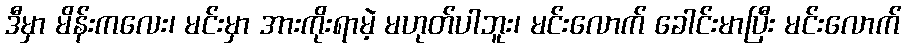
ဒီမှာ မိန်းကလေး၊ မင်းမှာ အားကိုးရာမဲ့ မဟုတ်ပါဘူး၊ မင်းလောက် ခေါင်းမာပြီး မင်းလောက်